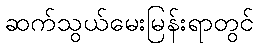
ဆက်သွယ်မေးမြန်းရာတွင်